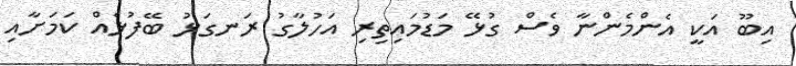
އިބޫ އަކީ އެންމެންނާ ވެސް ގުޅޭ މަޑުމައިތިރި އަހުލާގު ރަނގަޅު ބޭފުޅެއް ކަމަށާއި